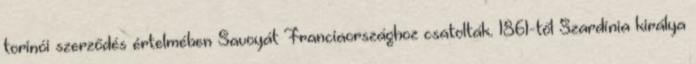
torinói szerződés értelmében Savoyát Franciaországhoz csatolták. 1861-től Szardínia királya